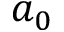
a _ { 0 }